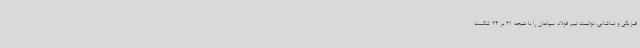
فیزیکی و تماشایی، توانست تیم فولاد سپاهان را با نتیجه 31 بر 24 شکست